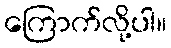
ကြောက်လို့ပါ။